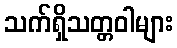
သက်ရှိသတ္တဝါများ